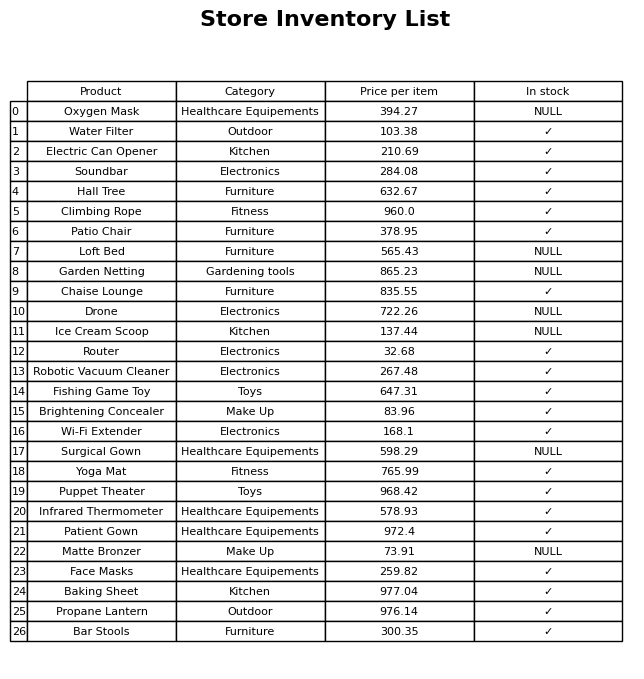
question: What is the price for Infrared Thermometer?
answer: The price of Infrared Thermometer is 578.93.